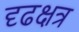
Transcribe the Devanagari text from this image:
दृढक्षत्र